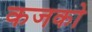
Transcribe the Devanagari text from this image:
कजको